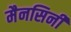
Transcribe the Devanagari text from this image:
मैनसिनी